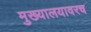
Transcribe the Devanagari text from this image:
मुख्यालयावरच